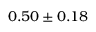
0 . 5 0 \pm 0 . 1 8